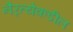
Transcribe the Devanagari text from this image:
नैरृत्येकडील